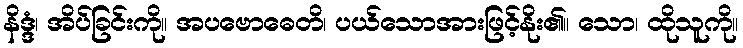
နိဒ္ဒံ၊ အိပ်ခြင်းကို။ အပဗောဓေတိ၊ ပယ်သောအားဖြင့်နိုး၏။ သော၊ ထိုသူကို။